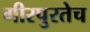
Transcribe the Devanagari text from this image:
गीरपुरतेच